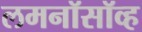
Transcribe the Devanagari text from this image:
लमनॉसॉव्ह